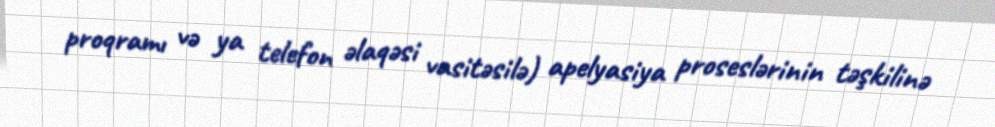
proqramı və ya telefon əlaqəsi vasitəsilə) apelyasiya proseslərinin təşkilinə